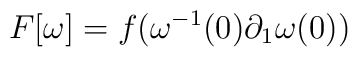
F[\omega]=f(\omega^{-1}(0)\partial_1\omega(0))